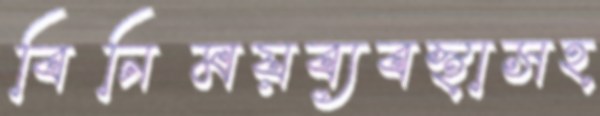
বিনিময়ব্যবস্থাসহ